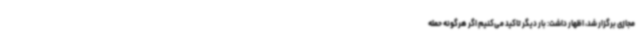
مجازی برگزار شد، اظهار داشت: بار دیگر تاکید می‌کنیم اگر هرگونه حمله